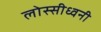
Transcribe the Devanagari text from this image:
लोस्सीध्वनी